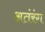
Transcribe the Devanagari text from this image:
अतंरंग